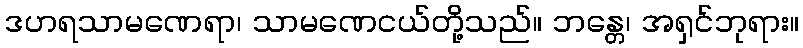
ဒဟရသာမဏေရာ၊ သာမဏေငယ်တို့သည်။ ဘန္တေ၊ အရှင်ဘုရား။